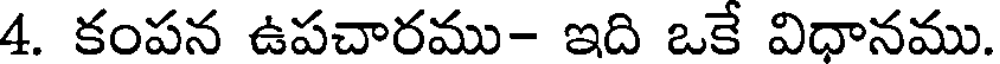
4. కంపన ఉపచారము- ఇది ఒకే విధానము.